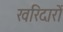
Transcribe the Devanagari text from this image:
खरिदारों